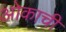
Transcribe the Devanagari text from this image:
ओकाची